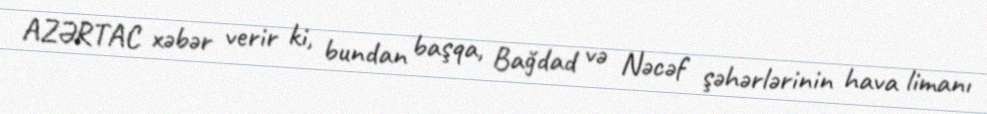
AZƏRTAC xəbər verir ki, bundan başqa, Bağdad və Nəcəf şəhərlərinin hava limanı